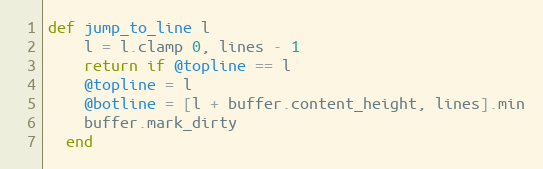
Language: Ruby
def jump_to_line l
    l = l.clamp 0, lines - 1
    return if @topline == l
    @topline = l
    @botline = [l + buffer.content_height, lines].min
    buffer.mark_dirty
  end